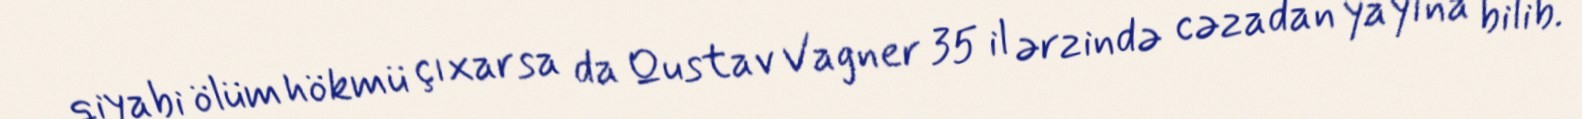
qiyabi ölüm hökmü çıxarsa da Qustav Vagner 35 il ərzində cəzadan yayına bilib.